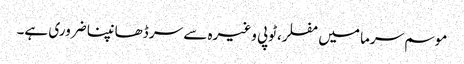
موسم سرما میں مفلر،ٹوپی وغیرہ سے سر ڈھانپنا ضروری ہے۔